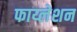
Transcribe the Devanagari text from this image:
फाय्लेशन